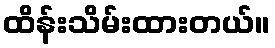
ထိန်းသိမ်းထားတယ်။